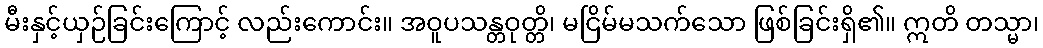
မီးနှင့်ယှဉ်ခြင်းကြောင့် လည်းကောင်း။ အဝူပသန္တဝုတ္တိ၊ မငြိမ်မသက်သော ဖြစ်ခြင်းရှိ၏။ ဣတိ တသ္မာ၊